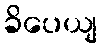
ခိပေယျ